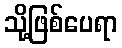
သို့ဖြစ်ပေရာ